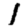
Digit: 1